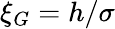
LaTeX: \xi_{G}=h/\sigma